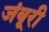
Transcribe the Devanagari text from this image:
जंबूरी